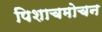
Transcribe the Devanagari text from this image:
पिशाचमोचन